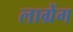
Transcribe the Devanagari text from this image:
लाग्रेंग